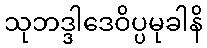
သုဘဒ္ဒါဒေဝိပ္ပမုခါနိ